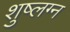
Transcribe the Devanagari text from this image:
शुष्लग्न